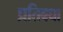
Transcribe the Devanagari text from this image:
प्रतिबधा